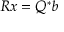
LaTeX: R x = Q ^ { \ast } b